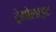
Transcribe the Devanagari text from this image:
ट्रेमोलाइट